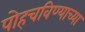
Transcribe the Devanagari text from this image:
पोहचविण्याच्या